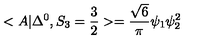
< A | \Delta ^ { 0 } , S _ { 3 } = \frac { 3 } { 2 } > = \frac { \sqrt { 6 } } { \pi } \psi _ { 1 } \psi _ { 2 } ^ { 2 }